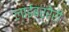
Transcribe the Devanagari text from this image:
लाईब्ररेरी